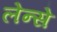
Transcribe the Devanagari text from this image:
लेन्से